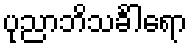
ပုညာဘိသင်္ခါရော